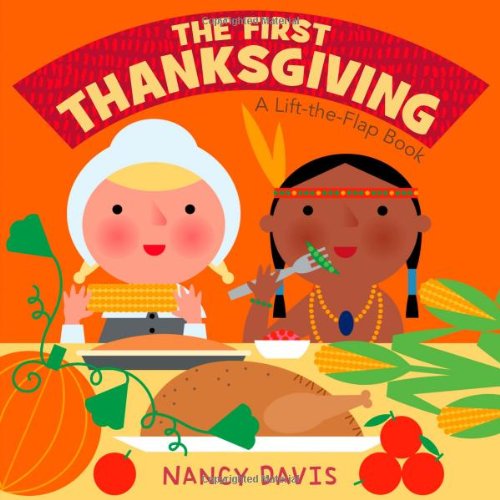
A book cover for The First Thanksgiving: A Lift-the-Flap Book; Kathryn Lynn Davis; Children's Books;